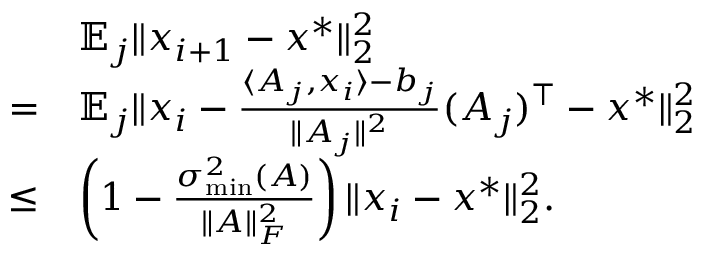
\begin{array} { r l } & { \mathbb { E } _ { j } \| x _ { i + 1 } - x ^ { * } \| _ { 2 } ^ { 2 } } \\ { = } & { \mathbb { E } _ { j } \| x _ { i } - \frac { \langle A _ { j } , x _ { i } \rangle - b _ { j } } { \| A _ { j } \| ^ { 2 } } ( A _ { j } ) ^ { \top } - x ^ { * } \| _ { 2 } ^ { 2 } } \\ { \leq } & { \left( 1 - \frac { \sigma _ { \operatorname* { m i n } } ^ { 2 } ( A ) } { \| A \| _ { F } ^ { 2 } } \right) \| x _ { i } - x ^ { * } \| _ { 2 } ^ { 2 } . } \end{array}